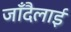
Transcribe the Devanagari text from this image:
जाँदैलाई